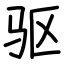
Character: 驱